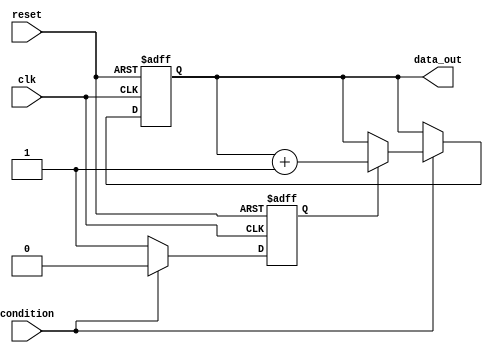
module conditional_wait (
    input wire clk,             // Clock signal
    input wire reset,           // Reset signal
    input wire condition,       // Condition signal to control waiting
    output reg [31:0] data_out  // Example output data
);

    // Internal state declaration
    reg waiting;

    // Main process block
    always @(posedge clk or posedge reset) begin
        if (reset) begin
            // On reset, initialize the output and state
            data_out <= 32'b0;
            waiting <= 1'b0;
        end else begin
            if (!condition) begin
                // If condition is false, remain idle
                waiting <= 1'b1;
            end else if (waiting) begin
                // If condition is true and we were waiting, process resumes
                waiting <= 1'b0;
                // Execute subsequent functionality after condition is met
                data_out <= data_out + 1; // Example action: increment output
            end
            // Other operations can be performed here if condition is true
        end
    end

endmodule